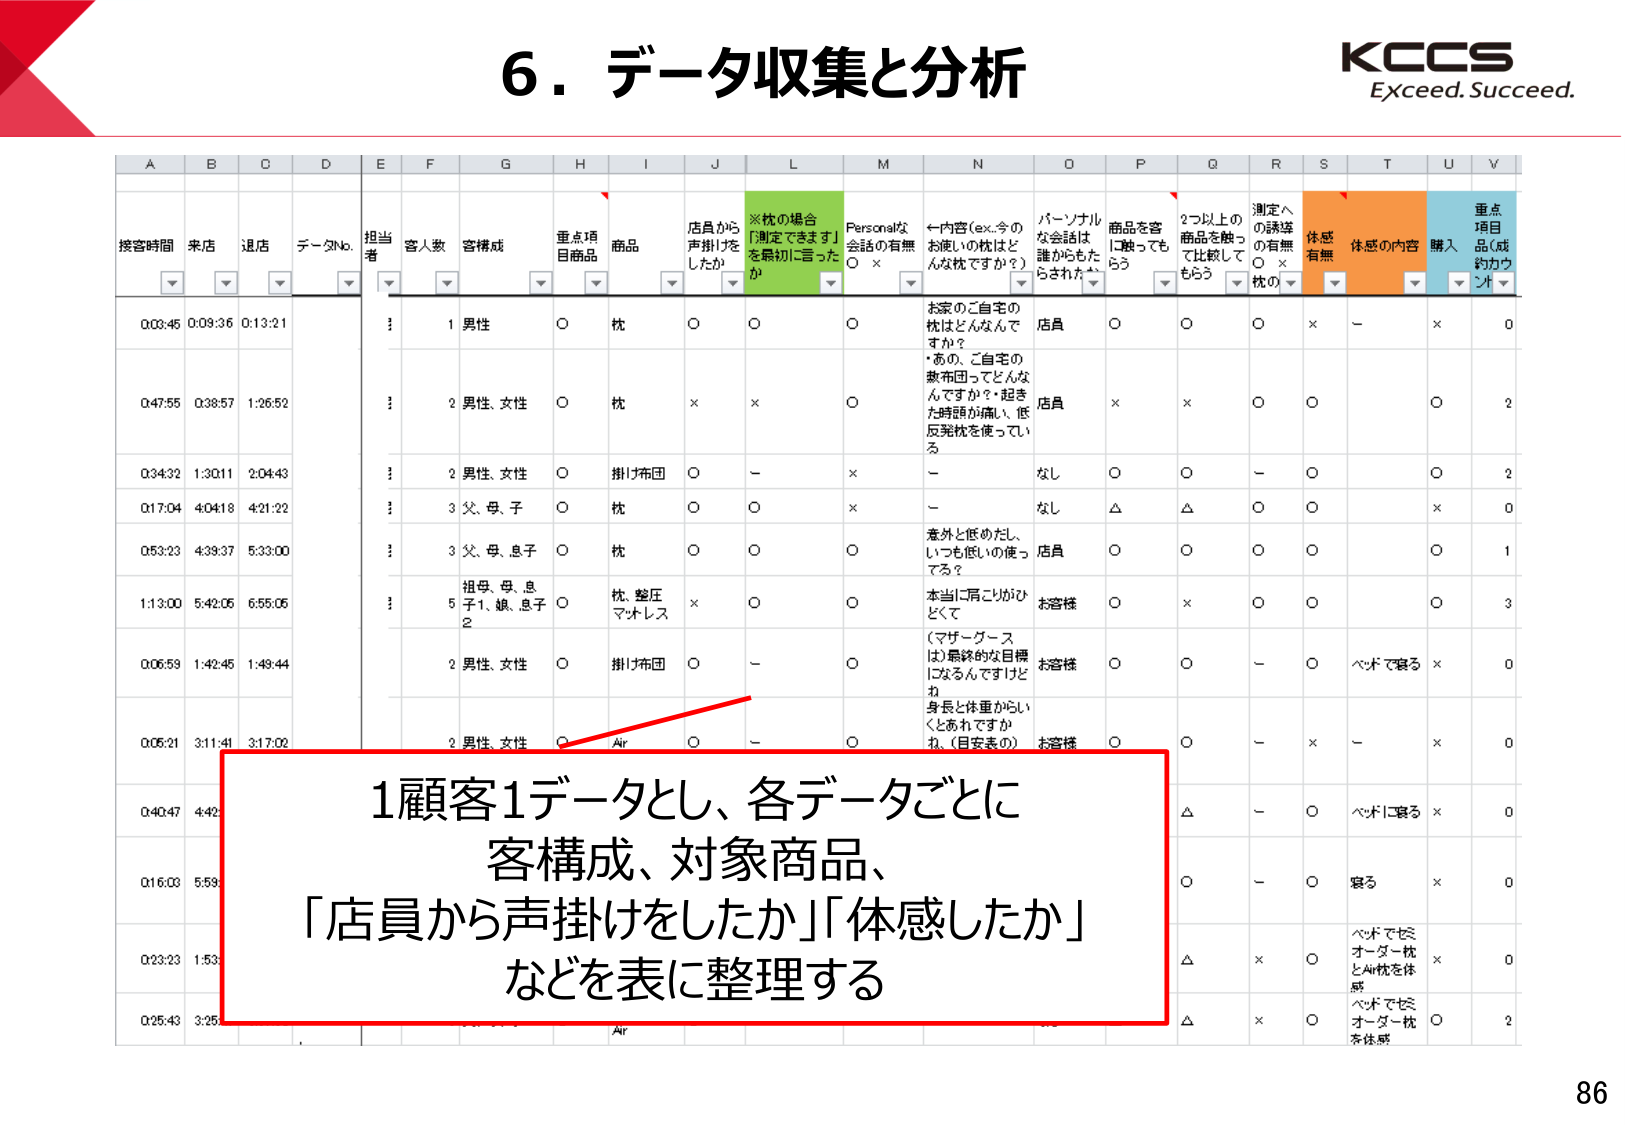
6．データ収集と分析
KCCS
Exceed. Succeed.

A B C D E F G H I J L M N O P Q R S T U V
接客時間 来店 退店 データNo. 担当者 客人数 客構成 重点項目商品 商品 店員から声掛けをしたか ※枕の場合「測定できます」を最初に言ったか Personalな会話の有無 ←内容(ex.今のお使いの枕はどんな枕ですか？) パーソナルな会話は誰からもたらされたか 商品を客に触ってもらう 2つ以上の商品を触って比較してもらう 測定への誘導の有無（枕の） 体感有無 体感の内容 購入 重点項目品（成約カウント）

0:03:46 0:09:36 0:13:21 1 男性 ○ 枕 ○ ○ ○ お家のご自宅の枕はどんなんですか？・あの、ご自宅の敷布団ってどんなんですか？・起きた時頭が痛い、低反発枕を使っている 店員 ○ ○ ○ × － × 0
0:47:55 0:38:57 1:26:52 2 男性、女性 ○ 枕 × × ○ 店員 × × ○ ○ ○ 2
0:34:32 1:30:11 2:04:43 2 男性、女性 ○ 掛け布団 ○ － × － なし ○ ○ － ○ ○ 2
0:17:04 4:04:18 4:21:22 3 父、母、子 ○ 枕 ○ ○ × － なし △ △ ○ ○ × 0
0:53:23 4:39:37 5:33:00 3 父、母、息子 ○ 枕 ○ ○ ○ 意外と低めだし、いつも低いの使ってる？ 店員 ○ ○ ○ ○ ○ 1
1:13:00 5:42:05 6:55:06 5 祖母、母、息子1、娘、息子2 ○ 枕、整圧マットレス × ○ ○ 本当に肩こりがひどくて （マザーグースは）最終的な目標になるんですけど お客様 ○ × ○ ○ ○ 3
0:06:59 1:42:45 1:49:44 2 男性、女性 ○ 掛け布団 ○ － ○ 身長と体重からいくとあれですか（目安表の） お客様 ○ ○ － ○ ベッドで寝る × 0
0:05:21 3:11:41 3:17:02 2 男性、女性 ○ Air ○ － ○ お客様 ○ ○ － × － × 0
0:40:47 4:42 △ － ○ ベッドで寝る × 0
0:16:03 5:59 ○ － ○ 寝る × 0
0:23:23 1:53 △ × ○ ベッドで寝る オーダー枕とAir枕を体感 × 0
0:25:43 3:25 △ × ○ ベッドで寝る オーダー枕を体感 ○ 2

1顧客1データとし、各データごとに客構成、対象商品、「店員から声掛けをしたか」「体感したか」などを表に整理する

86